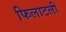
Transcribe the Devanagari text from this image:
फिलाटली